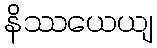
နိဿယေယျ